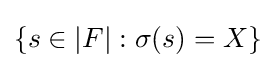
\{s\in |F|:\sigma (s)=X\}